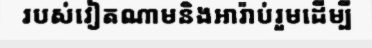
របស់វៀតណាមនិងអារ៉ាប់រួមដើម្បី